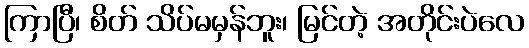
ကြာပြီ၊ စိတ် သိပ်မမှန်ဘူး၊ မြင်တဲ့ အတိုင်းပဲလေ